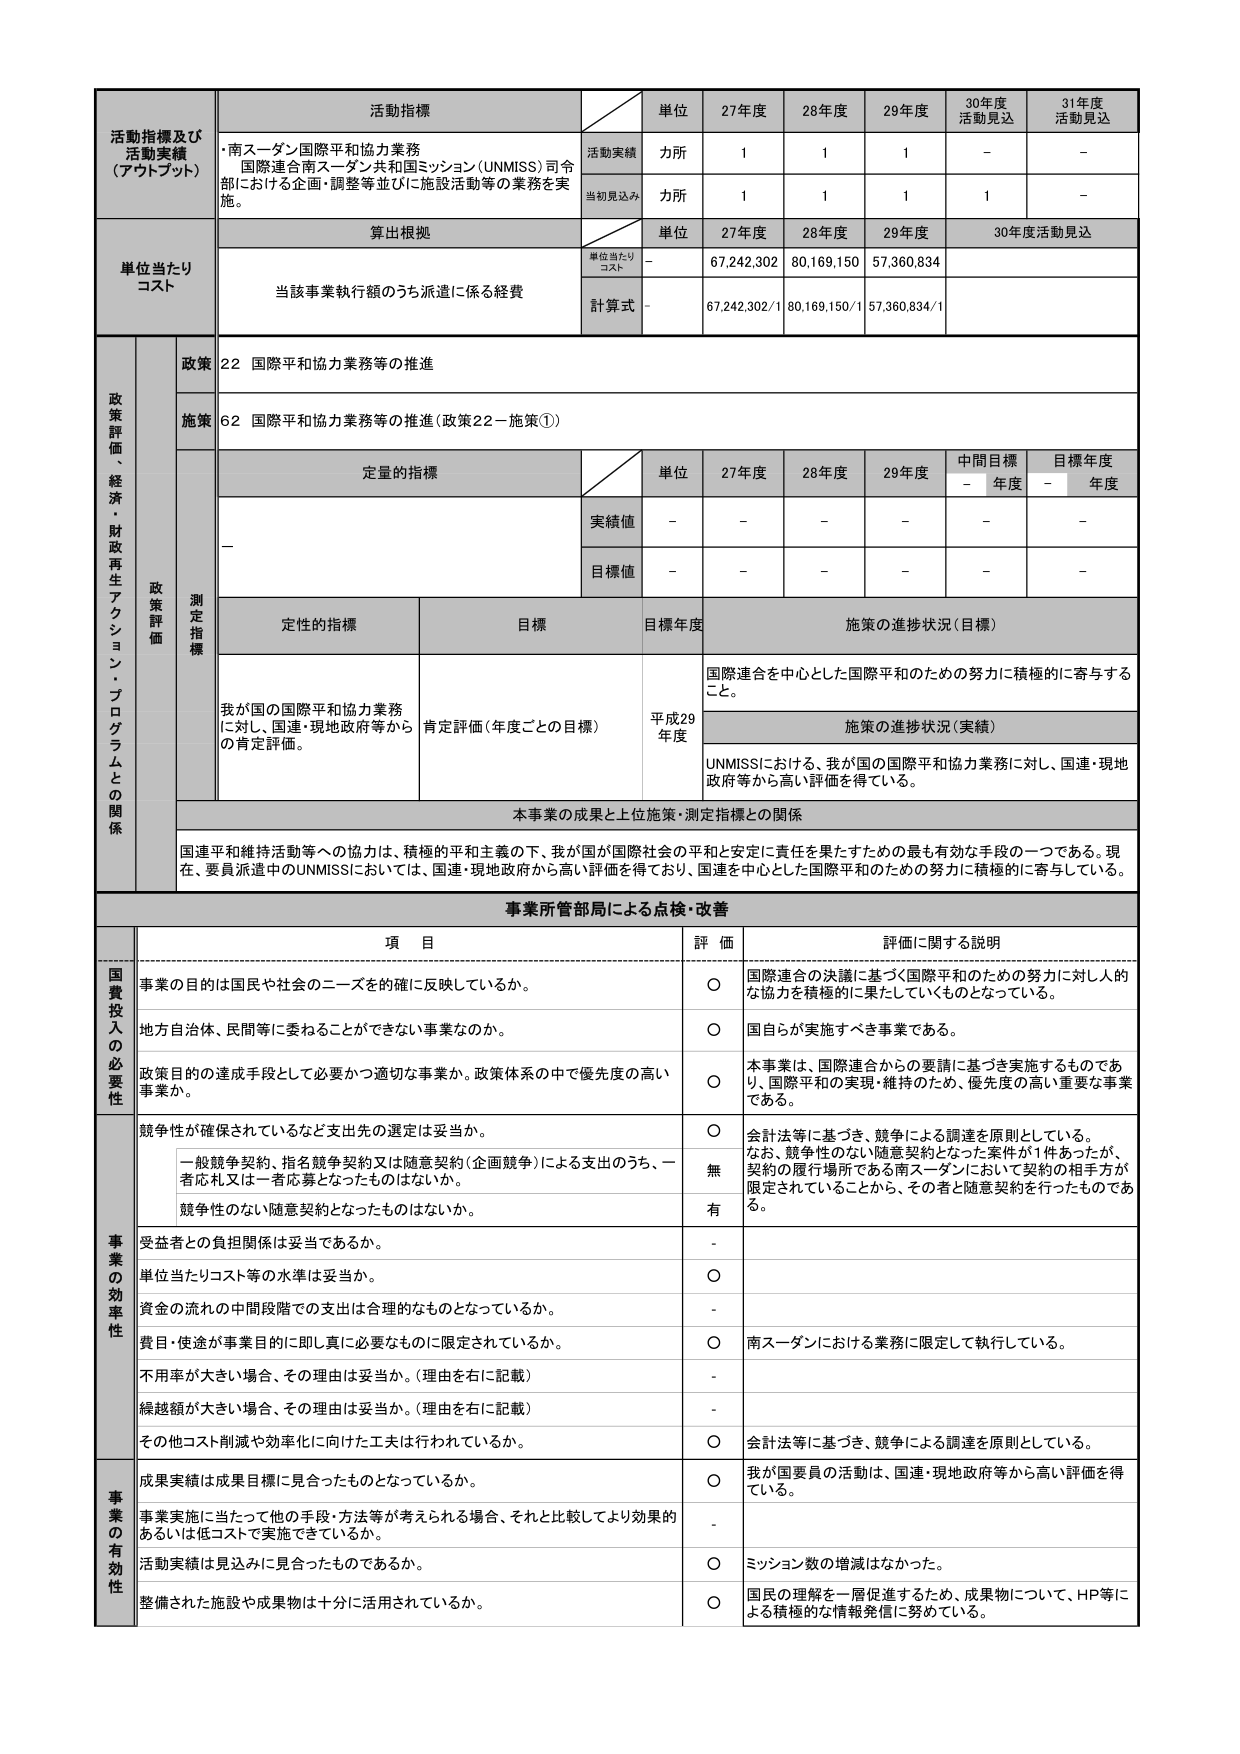
活動指標及び
活動実績
（アウトプット）
活動指標
単位
27年度
28年度
29年度
30年度
活動見込
31年度
活動見込
・南スーダン国際平和協力業務
国際連合南スーダン共和国ミッション（UNMISS）司令部における企画・調整等並びに施設活動等の業務を実施。
活動実績
力所
1
1
1
－
－
当初見込み
力所
1
1
1
1
－
単位当たり
コスト
算出根拠
単位
27年度
28年度
29年度
30年度活動見込
単位当たりコスト
－
67,242,302
80,169,150
57,360,834
当該事業執行額のうち派遣に係る経費
計算式
－
67,242,302/1
80,169,150/1
57,360,834/1
政策評価、経済・財政再生アクション・プログラムとの関係
政策
22 国際平和協力業務等の推進
施策
62 国際平和協力業務等の推進（政策22－施策①）
測定指標
定量的指標
単位
27年度
28年度
29年度
中間目標
目標年度
－
年度
－
年度
実績値
－
－
－
－
－
－
目標値
－
－
－
－
－
－
定性的指標
目標
目標年度
施策の進捗状況（目標）
我が国の国際平和協力業務に対し、国連・現地政府等からの肯定評価。
肯定評価（年度ごとの目標）
平成29年度
国際連合を中心とした国際平和のための努力に積極的に寄与すること。
施策の進捗状況（実績）
UNMISSにおける、我が国の国際平和協力業務に対し、国連・現地政府等から高い評価を得ている。
本事業の成果と上位施策・測定指標との関係
国連平和維持活動等への協力は、積極的平和主義の下、我が国が国際社会の平和と安定に責任を果たすための最も有効な手段の一つである。現在、要員派遣中のUNMISSにおいては、国連・現地政府から高い評価を得ており、国連を中心とした国際平和のための努力に積極的に寄与している。
事業所管部局による点検・改善
項 目
評 価
評価に関する説明
国費投入の必要性
事業の目的は国民や社会のニーズを的確に反映しているか。
○
国際連合の決議に基づく国際平和のための努力に対し人的な協力を積極的に果たしていくものとなっている。
地方自治体、民間等に委ねることができない事業なのか。
○
国自らが実施すべき事業である。
政策目的の達成手段として必要かつ適切な事業か。政策体系の中で優先度の高い事業か。
○
本事業は、国際連合からの要請に基づき実施するものであり、国際平和の実現・維持のため、優先度の高い重要な事業である。
事業の効率性
競争性が確保されているなど支出先の選定は妥当か。
○
会計法等に基づき、競争による調達を原則としている。なお、競争性のない随意契約となった案件が1件あったが、契約の履行場所である南スーダンにおいて契約の相手方が限定されていることから、その者と随意契約を行ったものである。
一般競争契約、指名競争契約又は随意契約（企画競争）による支出のうち、一者応札又は一者応募となったものはないか。
無
競争性のない随意契約となったものはないか。
有
受益者との負担関係は妥当であるか。
-
単位当たりコスト等の水準は妥当か。
○
資金の流れの中間段階での支出は合理的なものとなっているか。
-
費目・使途が事業目的に即し真に必要なものに限定されているか。
○
南スーダンにおける業務に限定して執行している。
不用率が大きい場合、その理由は妥当か。（理由を右に記載）
-
繰越額が大きい場合、その理由は妥当か。（理由を右に記載）
-
その他コスト削減や効率化に向けた工夫は行われているか。
○
会計法等に基づき、競争による調達を原則としている。
事業の有効性
成果実績は成果目標に見合ったものとなっているか。
○
我が国要員の活動は、国連・現地政府等から高い評価を得ている。
事業実施に当たって他の手段・方法等が考えられる場合、それと比較してより効果的あるいは低コストで実施できているか。
-
活動実績は見込みに見合ったものであるか。
○
ミッション数の増減はなかった。
整備された施設や成果物は十分に活用されているか。
○
国民の理解を一層促進するため、成果物について、HP等による積極的な情報発信に努めている。